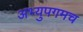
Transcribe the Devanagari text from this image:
अभ्युपगमच